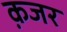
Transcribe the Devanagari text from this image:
क़जर